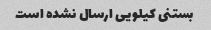
بستنی کیلویی ارسال نشده است